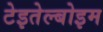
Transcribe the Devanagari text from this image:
टेइतेल्बोइम